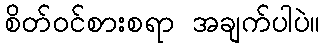
စိတ်ဝင်စားစရာ အချက်ပါပဲ။